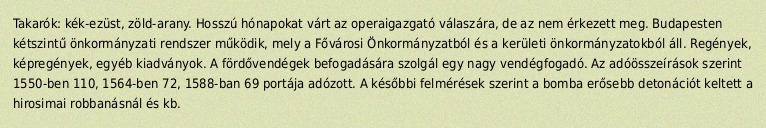
Takarók: kék-ezüst, zöld-arany. Hosszú hónapokat várt az operaigazgató válaszára, de az nem érkezett meg. Budapesten kétszintű önkormányzati rendszer működik, mely a Fővárosi Önkormányzatból és a kerületi önkormányzatokból áll. Regények, képregények, egyéb kiadványok. A fördővendégek befogadására szolgál egy nagy vendégfogadó. Az adóösszeírások szerint 1550-ben 110, 1564-ben 72, 1588-ban 69 portája adózott. A későbbi felmérések szerint a bomba erősebb detonációt keltett a hirosimai robbanásnál és kb.